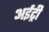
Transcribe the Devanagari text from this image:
अईट्री